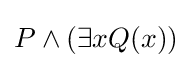
P\land (\exists xQ(x))